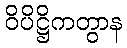
ဝိပိဋ္ဌိကတွာန